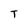
Character: T